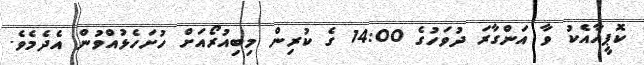
ކޮޕީއާއެކު ވާ އަންގާރަ ދުވަހުގެ 14:00 ގެ ކުރިން މިބިއުރޯއަށް ހުށަހެޅުއްވުން އެދެމެވެ.